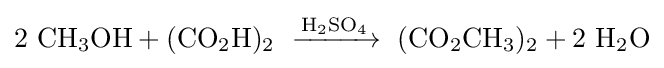
{\rm {2\ CH_{3}OH+(CO_{2}H)_{2}\ \xrightarrow {H_{2}SO_{4}} \ (CO_{2}CH_{3})_{2}+2\ H_{2}O}}